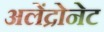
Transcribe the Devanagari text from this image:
अलेंद्रोनेट